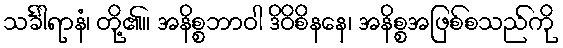
သင်္ခါရာနံ၊ တို့၏။ အနိစ္စဘာဝါ ဒိဝိစိနနေ၊ အနိစ္စအဖြစ်စသည်ကို